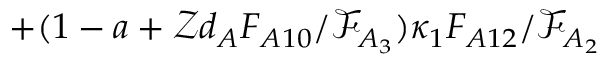
+ ( 1 - a + \mathcal { Z } d _ { A } F _ { A 1 0 } / \mathcal { F } _ { A _ { 3 } } ) \kappa _ { 1 } F _ { A 1 2 } / \mathcal { F } _ { A _ { 2 } }